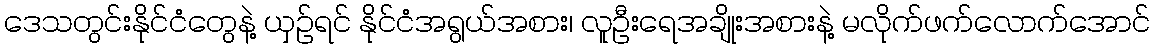
ဒေသတွင်းနိုင်ငံတွေနဲ့ ယှဉ်ရင် နိုင်ငံအရွယ်အစား၊ လူဦးရေအချိုးအစားနဲ့ မလိုက်ဖက်လောက်အောင်